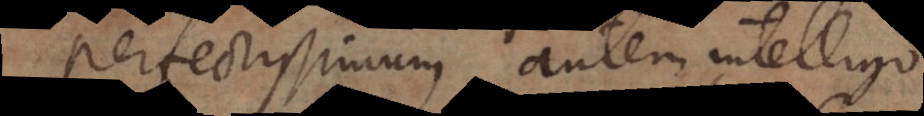
Perfectissimum autem intelligo